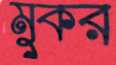
মুকর